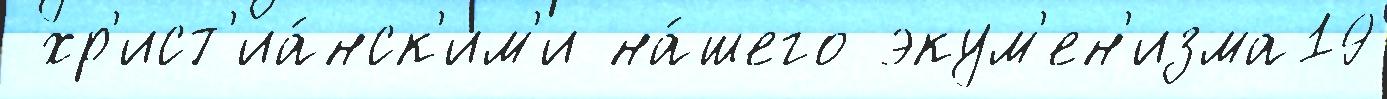
 хр'ист'иа́нск'им'и на́шего экум'ен'изма19